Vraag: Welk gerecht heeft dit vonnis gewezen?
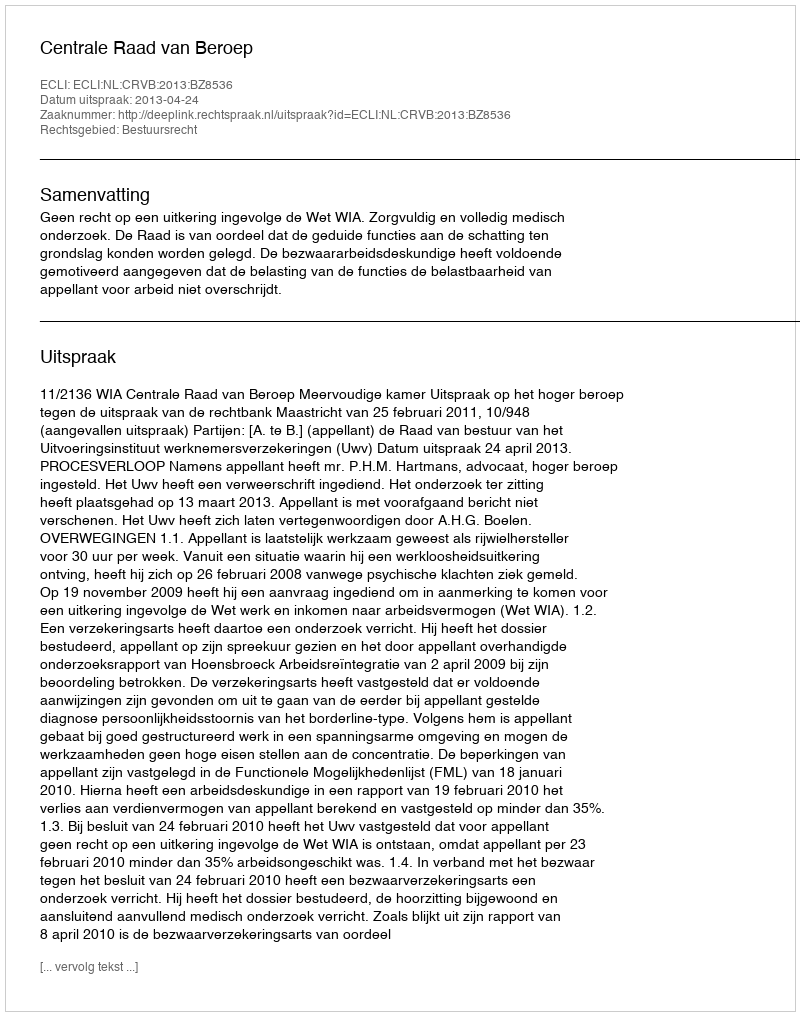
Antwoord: Centrale Raad van Beroep